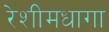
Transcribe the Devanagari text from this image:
रेशीमधागा